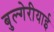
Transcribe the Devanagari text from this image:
बुल्गेरीयाई